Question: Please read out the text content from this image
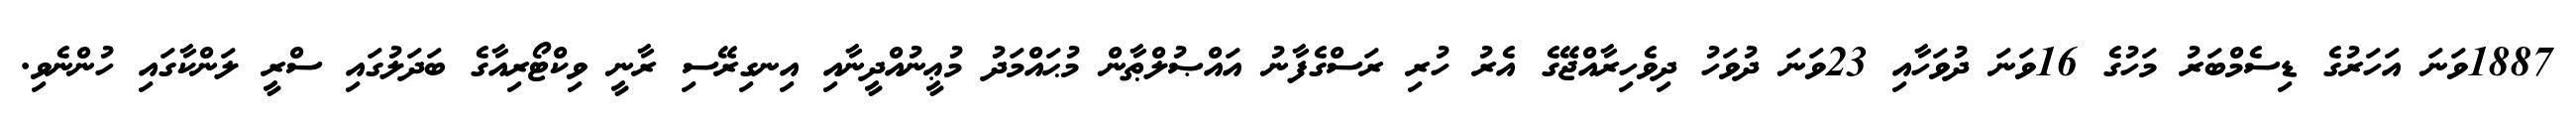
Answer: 1887ވަނަ އަހަރުގެ ޑިސެމްބަރު މަހުގެ 16ވަނަ ދުވަހާއި 23ވަނަ ދުވަހު ދިވެހިރާއްޖޭގެ އެރު ހުރި ރަސްގެފާނު އައްޞުލްޠާން މުޙައްމަދު މުޢީނުއްދީނާއި އިނގިރޭސި ރާނީ ވިކްޓޯރިއާގެ ބަދަލުގައި ސްރީ ލަންކާގައި ހުންނެވި.